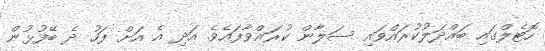
ހޮޓެލްގައި ބައްދަލުކުރައްވައި ސަލާން ކުރައްވާފައެވެ. އަދި އެ އަށް ފަހު ދެ ބޭފުޅުން